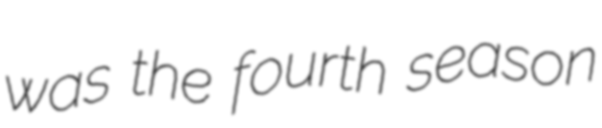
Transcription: was the fourth season